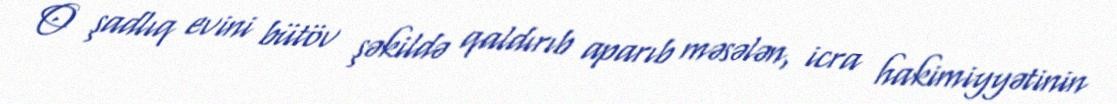
O şadlıq evini bütöv şəkildə qaldırıb aparıb məsələn, icra hakimiyyətinin